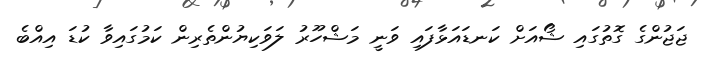
ޖަޖުންގެ ގޮތުގައި ޝޯއަށް ކަނޑައަޅާފައި ވަނީ މަޝްހޫރު ލަވަކިޔުންތެރިން ކަމުގައިވާ ކުޑަ އިއްބެ